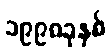
၁၉၉၈ခုနှစ်